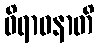
ဝိရာဓနာတိ